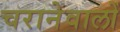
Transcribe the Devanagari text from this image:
चरानेवालों